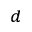
_ d